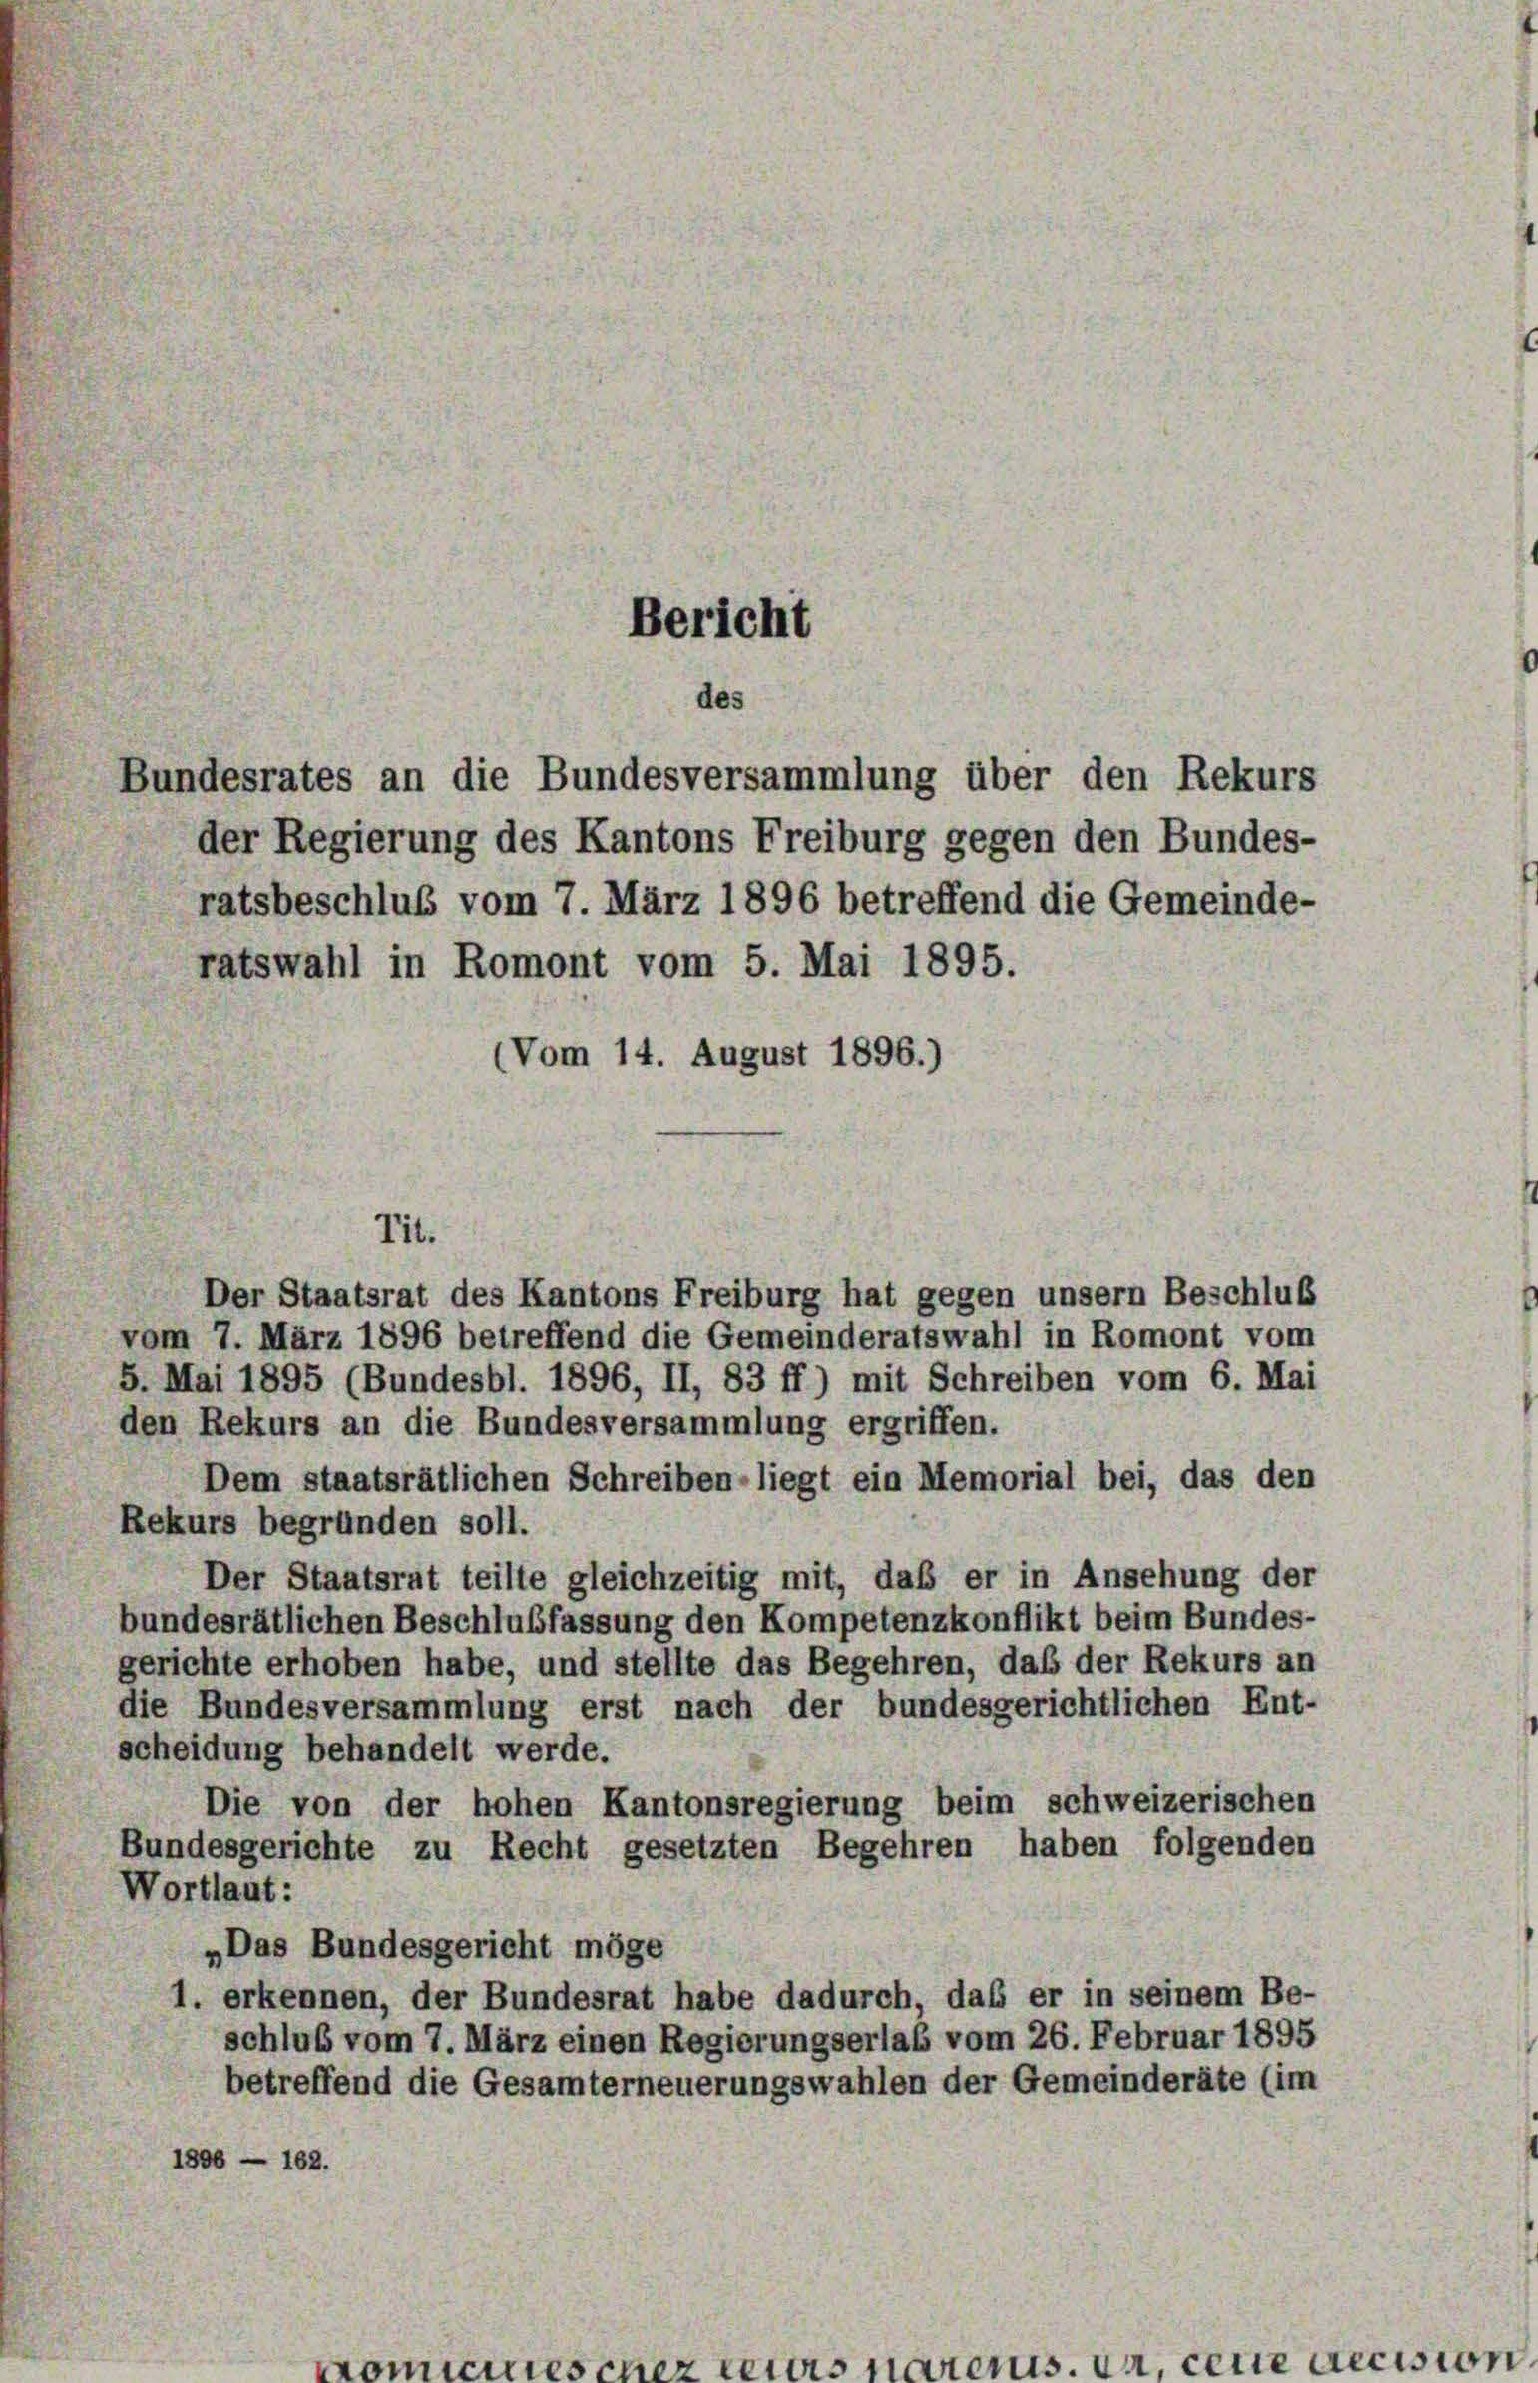
Der Staatsrat des Kantons Freiburg hat gegen unsern Beschluß
vom 7. März 1896 betreffend die Gemeinderatswahl in Romont vom
5. Mai 1895 (Bundesbl. 1896, II, 83 ff.) mit Schreiben vom 6. Mai
den Rekurs an die Bundesversammlung ergriffen.
Dem staatsrätlichen Schreiben - liegt ein Memorial bei, das den
Rekurs begründen soll.
Der Staatsrat teilte gleichzeitig mit, daß er in Ansehung der
bundesrätlichen Beschlußfassung den Kompetenzkonflikt beim Bundes-
gerichte erhoben habe, und stellte das Begehren, daß der Rekurs an
die Bundesversammlung erst nach der bundesgerichtlichen Ent-
scheidung behandelt werde.
Die von der hohen Kantonsregierung beim schweizerischen
Bundesgerichte zu Recht gesetzten Begehren haben folgenden
Wortlaut:
„Das Bundesgericht möge
l. erkennen, der Bundesrat habe dadurch, daß er in seinem Be-
schluß vom 7. März einen Regierungserlaß vom 26. Februar 1895
betreffend die Gesamterneuerungswahlen der Gemeinderäte (im
1896 — 162.

des
Bundesrates an die Bundesversammlung über den Rekurs

der Regierung des Kantons Freiburg gegen den Bundes-
ratsbeschluß vom 7. März 1896 betreffend die Gemeinde-
ratswahl in Romont vom 5. Mai 1895.
(Vom 14. August 1896.)

Tit.

Bericht